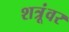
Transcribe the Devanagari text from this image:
शत्रूंवर